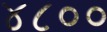
૪૮૦૦